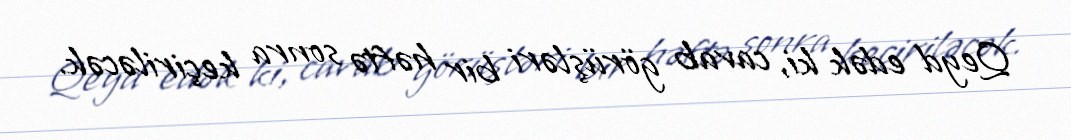
Qeyd edək ki, cavab görüşləri bir həftə sonra keçiriləcək.